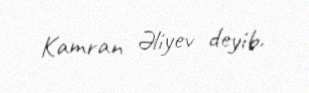
Kamran Əliyev deyib.